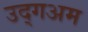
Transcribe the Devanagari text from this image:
उद्गअम